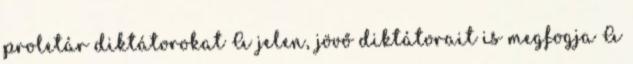
proletár diktátorokat A jelen, jövő diktátorait is megfogja A